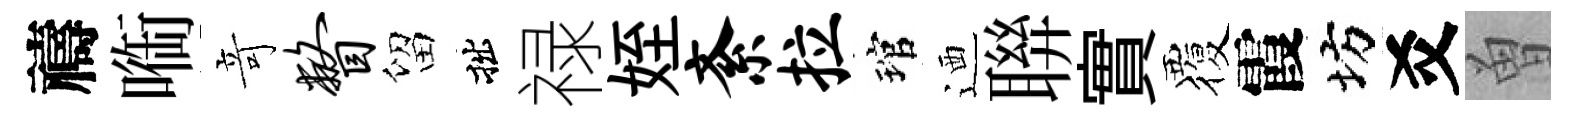
禱㗸竒瞥留拙禄姪紊拉琯迺聨實覆霞坊爻曽